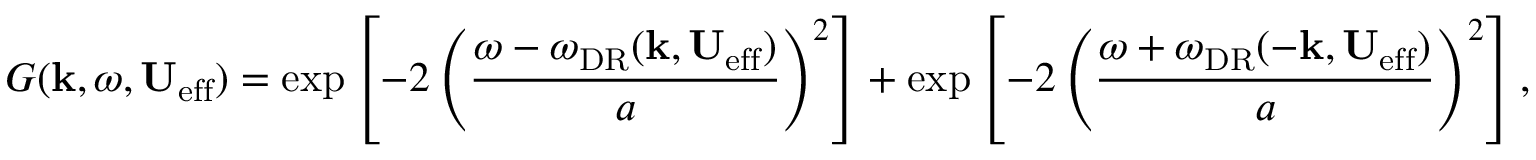
G ( \mathbf { k } , \omega , \mathbf { U } _ { \mathrm { e f f } } ) = \mathrm { e x p } \left[ - 2 \left( \frac { \omega - \omega _ { \mathrm { D R } } ( \mathbf { k } , \mathbf { U } _ { \mathrm { e f f } } ) } { a } \right) ^ { 2 } \right] + \mathrm { e x p } \left[ - 2 \left( \frac { \omega + \omega _ { \mathrm { D R } } ( - \mathbf { k } , \mathbf { U } _ { \mathrm { e f f } } ) } { a } \right) ^ { 2 } \right] ,